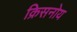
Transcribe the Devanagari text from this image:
क्रिसनोय